Annual report on the Civil Veterinary Department, Burma (including the Insein Veterinary School) - 1910-1922
Year: 1910
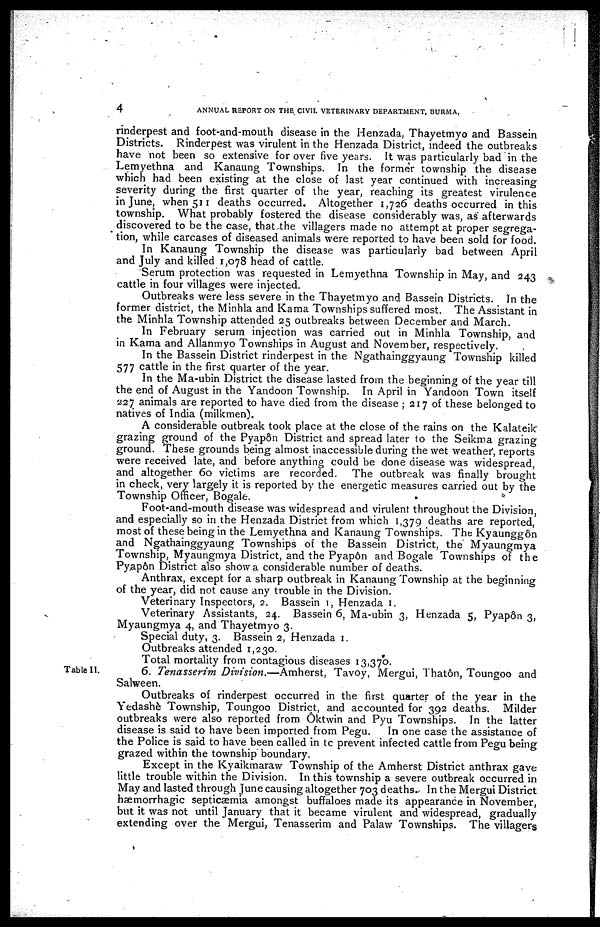
4
ANNUAL REPORT ON THE CIVIL VETERINARY DEPARTMENT, BURMA,
rinderpest and foot-and-mouth disease in the Henzada, Thayetmyo and Bassein
Districts. Rinderpest was virulent in the Henzada District, indeed the outbreaks
have not been so extensive for over five years. It was particularly bad in the
Lemyethna and Kanaung Townships. In the former township the disease
which had been existing at the close of last year continued with increasing
severity during the first quarter of the year, reaching its greatest virulence
in June, when 511 deaths occurred. Altogether 1,726 deaths occurred in this
township. What probably fostered the disease considerably was, as afterwards
discovered to be the case, that the villagers made no attempt at proper segrega-
tion, while carcases of diseased animals were reported to have been sold for food.
In Kanaung Township the disease was particularly bad between April
and July and killed 1,078 head of cattle.
Serum protection was requested in Lemyethna Township in May, and 243
cattle in four villages were injected.
Outbreaks were less severe in the Thayetmyo and Bassein Districts. In the
former district, the Minhla and Kama Townships suffered most. The Assistant in
the Minhla Township attended 25 outbreaks between December and March.
In February serum injection was carried out in Minhla Township, and
in Kama and Allanmyo Townships in August and November, respectively.
In the Bassein District rinderpest in the Ngathainggyaung Township killed
577 cattle in the first quarter of the year.
In the Ma-ubin District the disease lasted from the beginning of the year till
the end of August in the Yandoon Township. In April in Yandoon Town itself
227 animals are reported to have died from the disease ; 217 of these belonged to
natives of India (milkmen).
A considerable outbreak took place at the close of the rains on the Kalateik
grazing ground of the Pyap6n District and spread later to the Seikma grazing
ground. These grounds being almost inaccessible during the wet weather, reports
were received late, and before anything could be done disease was widespread,
and altogether 60 victims are recorded. The outbreak was finally brought
in check, very largely it is reported by the energetic measures carried out by the
Township Officer, Bogale.
Foot-and-mouth disease was widespread and virulent throughout the Division,
and especially so in the Henzada District from which 1,379 deaths are reported,
most of these being in the Lemyethna and Kanaung Townships. The Kyaunggôn
and Ngathainggyaung Townships of the Bassein District, the Myaungmya
Township, Myaungmya District, and the Pyapôn and Bogale Townships of the
Py.ap6n District also show a considerable number of deaths.
Anthrax, except for a sharp outbreak in Kanaung Township at the beginning
of the year, did not cause any trouble in the Division.
Veterinary Inspectors, 2. Bassein 1, Henzada 1.
Veterinary Assistants, 24. Bassein 6, Ma-ubin 3, Henzada 5, Pyapôn 3,
Myaungmya 4, and Thayetmyo 3.
Special duty, 3. Bassein 2, Henzada 1.
Outbreaks attended 1,230.
Total mortality from contagious diseases 13,370.
Table II.
6. Tenasserim Division.—Amherst,
Tavoy, Mergui, Thatôn, Toungoo and
Salween.
Outbreaks of rinderpest occurred in the first quarter of the year in the
Yedashè Township, Toungoo District, and accounted for 392 deaths. Milder
outbreaks were also reported from Ôktwin and Pyu Townships. In the latter
disease is said to have been imported from Pegu.
In one case the assistance of
the Police is said to have been called in tc prevent infected cattle from Pegu being
grazed within the township boundary.
Except in the Kyaikmaraw Township of the Amherst District anthrax gave
little trouble within the Division. In this township a severe outbreak occurred in
May and lasted through June causing altogether 703 deaths.- In the Mergui District
hæmorrhagic septicaemia amongst buffaloes made its appearance in November,
but it was not until January that it became virulent and widespread, gradually
extending over the Mergui, Tenasserim and Palaw Townships. The villagers